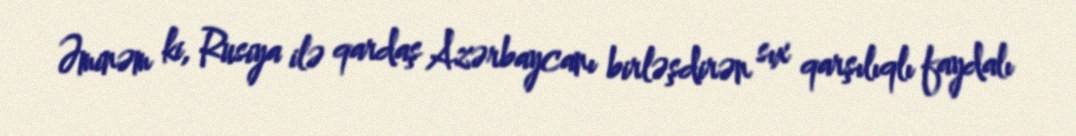
Əminəm ki, Rusiya ilə qardaş Azərbaycanı birləşdirən sıx qarşılıqlı faydalı